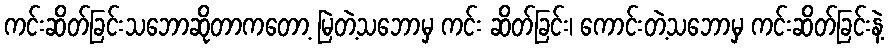
ကင်းဆိတ်ခြင်းသဘောဆိုတာကတော့ မြဲတဲ့သဘောမှ ကင်း ဆိတ်ခြင်း၊ ကောင်းတဲ့သဘောမှ ကင်းဆိတ်ခြင်းနဲ့